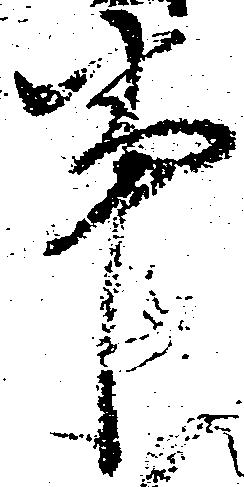
事